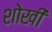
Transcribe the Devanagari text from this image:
शोखी